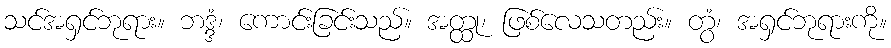
သင်အရှင်ဘုရား။ ဘဒ္ဒံ၊ ကောင်းခြင်းသည်။ အတ္ထု၊ ဖြစ်လေသတည်း။ တွံ၊ အရှင်ဘုရားကို။